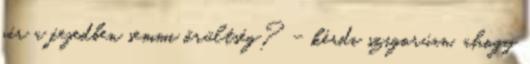
jár a fejedben semmi őrültség? – kérdi szigorúan, ahogy